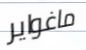
ماغواير